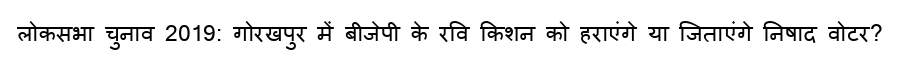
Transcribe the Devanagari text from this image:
लोकसभा चुनाव 2019: गोरखपुर में बीजेपी के रवि किशन को हराएंगे या जिताएंगे निषाद वोटर?